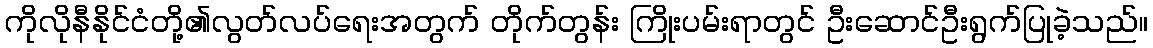
ကိုလိုနီနိုင်ငံတို့၏လွတ်လပ်ရေးအတွက် တိုက်တွန်း ကြိုးပမ်းရာတွင် ဦးဆောင်ဦးရွက်ပြုခဲ့သည်။